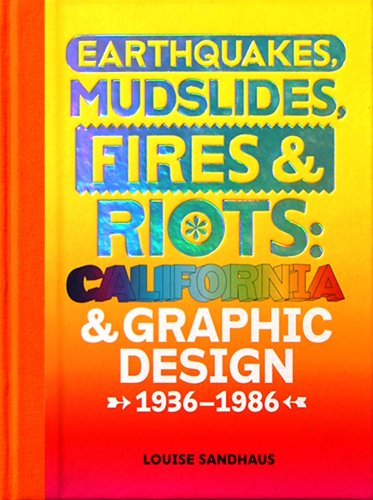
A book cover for Earthquakes, Mudslides, Fires & Riots: California and Graphic Design, 1936-1986; Louise Sandhaus; Arts & Photography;